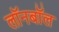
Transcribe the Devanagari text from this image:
लॉनबॉल